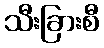
သီးခြားစီ